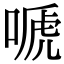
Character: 嗁